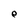
Character: e